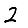
Digit: 2